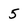
Character: 5